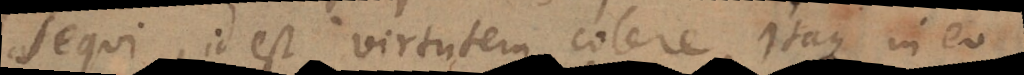
sequi, id est virtutem colere. Itaque in eo